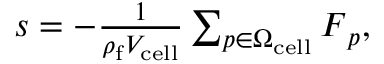
\begin{array} { r } { \boldsymbol { s } = - \frac { 1 } { \rho _ { \mathrm { f } } V _ { \mathrm { c e l l } } } \sum _ { p \in \Omega _ { \mathrm { c e l l } } } \boldsymbol { F } _ { p } , } \end{array}